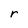
Character: r